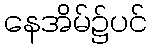
နေအိမ်၌ပင်